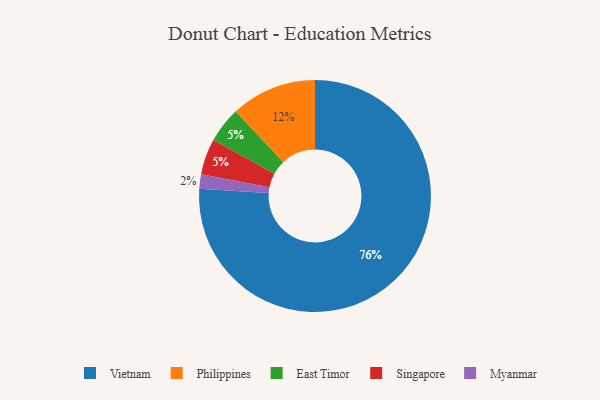
{"axis": {"x": "Category", "y": "Percentage"}, "legend": ["East Timor", "Myanmar", "Philippines", "Singapore", "Vietnam"], "data": [{"x": "Myanmar", "y": 2, "type": "Myanmar"}, {"x": "East Timor", "y": 5, "type": "East Timor"}, {"x": "Singapore", "y": 5, "type": "Singapore"}, {"x": "Philippines", "y": 12, "type": "Philippines"}, {"x": "Vietnam", "y": 76, "type": "Vietnam"}]}